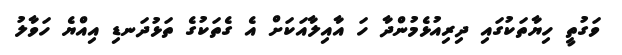
ވަގުތީ ހިޔާތަކުގައި ދިރިއުޅެމުންދާ ހަ އާއިލާއަކަށް އެ ގެތަކުގެ ތަޅުދަނޑި އިއްޔެ ހަވާލު